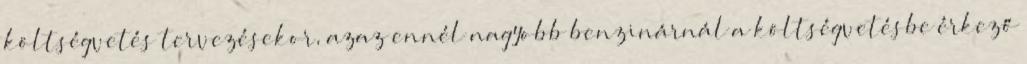
költségvetés tervezésekor, azaz ennél nagyobb benzinárnál a költségvetésbe érkező